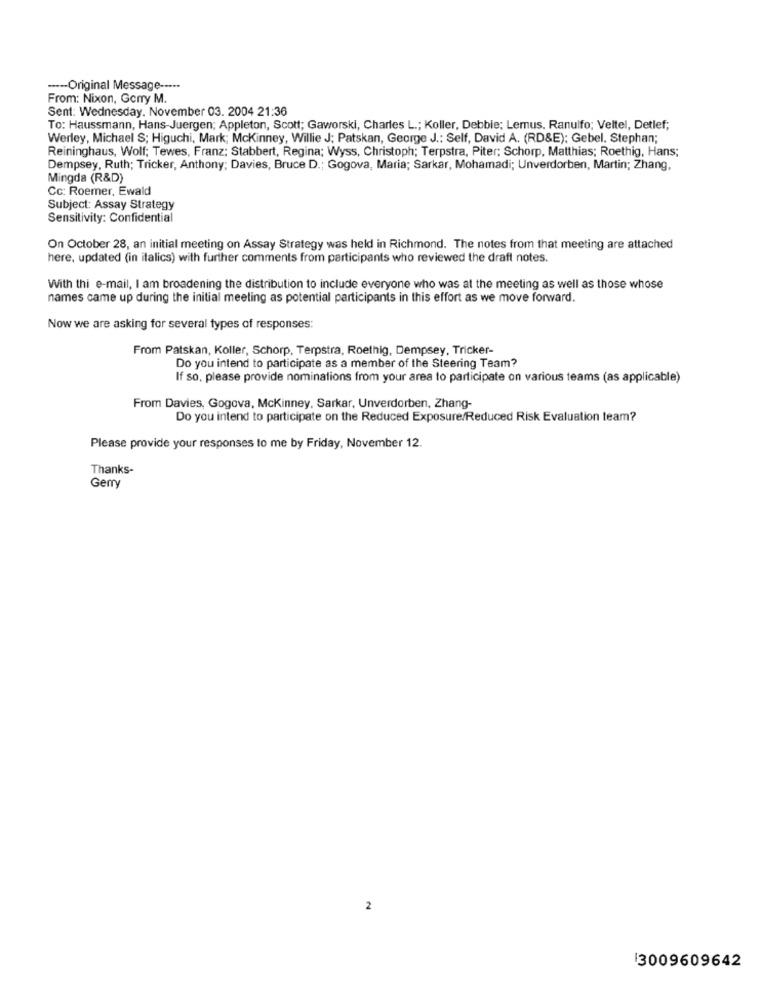
---- Original Message -----
From: Nixon, Gorry M.
Sent: Wednesday, November 03. 2004 21:36
To: Haussmann, Hans-Juergen; Appleton, Scott; Gaworski, Charles L .; Koller, Debbie; Lemus. Ranulfo; Veltel, Detlef;
Werley, Michael S; Higuchi, Mark; Mckinney, Willie J; Patskan, George J .: Self, David A. (RD&E); Gebel. Stephan;
Reininghaus, Wolf; Tewes, Franz; Stabbert, Regina; Wyss, Christoph; Terpstra, Piter; Schorp. Matthias; Roethig, Hans;
Dempsey, Ruth; Tricker, Anthony; Davies, Bruce D .; Gogova, Maria; Sarkar, Mohamadi; Unverdorben, Martin; Zhang,
Mingda (R&D)
Cc: Roemer, Ewald
Subject: Assay Strategy
Sensitivity: Confidential
On October 28, an initial meeting on Assay Strategy was held in Richmond. The notes from that meeting are attached
here, updated (in italics) with further comments from participants who reviewed the draft notes.
With thi e-mail, I am broadening the distribution to include everyone who was at the meeting as well as those whose
names came up during the initial meeting as potential participants in this effort as we move forward.
Now we are asking for several types of responses:
From Patskan, Koller, Schorp, Terpstra, Roethig, Dempsey, Tricker-
Do you intend to participate as a member of the Steering Team?
If so, please provide nominations from your area to participate on various teams (as applicable)
From Davies, Gogova, Mckinney, Sarkar, Unverdorben, Zhang-
Do you intend to participate on the Reduced Exposure/Reduced Risk Evaluation team?
Please provide your responses to me by Friday, November 12.
Thanks-
Gerry
2
3009609642